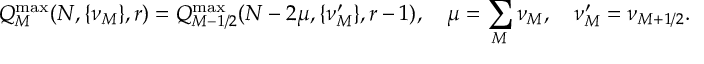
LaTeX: Q _ { M } ^ { \operatorname * { m a x } } ( N , \{ \nu _ { M } \} , r ) = Q _ { M - 1 / 2 } ^ { \operatorname * { m a x } } ( N - 2 \mu , \{ \nu _ { M } ^ { \prime } \} , r - 1 ) , \quad \mu = \sum _ { M } \nu _ { M } , \quad \nu _ { M } ^ { \prime } = \nu _ { M + 1 / 2 } .